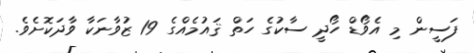
ފަސީން މި އެވޯޑް ހޯދީ ސާކުގެ ހަތް ޤައުމެއްގެ 19 ޒުވާނަކާ ވާދަކޮށެވެ.